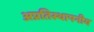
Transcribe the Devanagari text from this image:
अप्रतिस्थापनीय